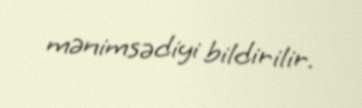
mənimsədiyi bildirilir.